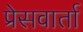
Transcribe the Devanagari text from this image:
प्रेसवार्ता